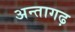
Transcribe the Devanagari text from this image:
अन्तागढ़